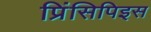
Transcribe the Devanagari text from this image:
प्रिंसिपिइस